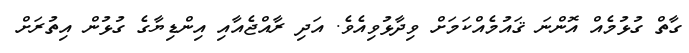
ގާތް ގުޅުމެއް އޮންނަ ޤައުމެއްކަމަށް ވިދާޅުވިއެވެ. އަދި ރާއްޖެއާއި އިންޑިޔާގެ ގުޅުން އިތުރަށް